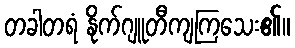
တခါတရံ နိုက်ဂျူတီကျကြသေး၏။